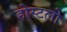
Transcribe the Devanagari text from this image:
होस्टलो